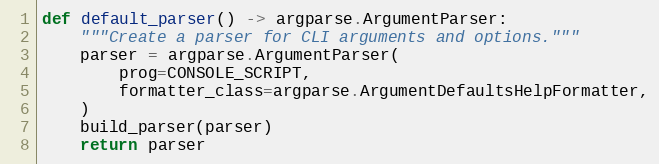
Language: Python
def default_parser() -> argparse.ArgumentParser:
    """Create a parser for CLI arguments and options."""
    parser = argparse.ArgumentParser(
        prog=CONSOLE_SCRIPT,
        formatter_class=argparse.ArgumentDefaultsHelpFormatter,
    )
    build_parser(parser)
    return parser